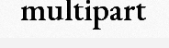
multipart